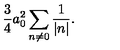
{ \frac { 3 } { 4 } } a _ { 0 } ^ { 2 } \sum _ { n \neq 0 } { \frac { 1 } { | n | } } .